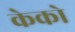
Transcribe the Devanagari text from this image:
केको